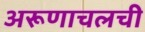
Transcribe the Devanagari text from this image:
अरूणाचलची